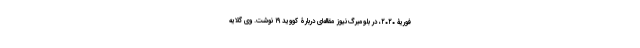
فوریۀ ۲۰۲۰، در بلومبرگ‌نیوز مقاله‌ای دربارۀ کووید ۱۹ نوشت. وی گلایه